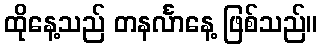
ထိုနေ့သည် တနင်္လာနေ့ ဖြစ်သည်။